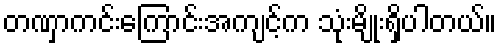
တဏှာကင်းကြောင်းအကျင့်က သုံးမျိုးရှိပါတယ်။